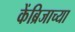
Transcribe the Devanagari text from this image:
केंब्रिजाच्या